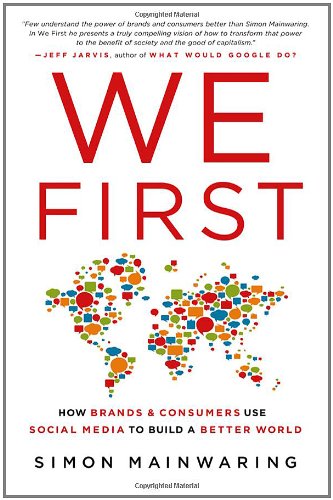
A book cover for We First: How Brands and Consumers Use Social Media to Build a Better World; Simon Mainwaring; Computers & Technology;